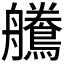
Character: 𪅻